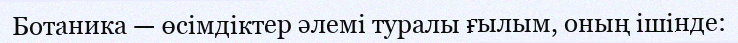
Ботаника — өсімдіктер әлемі туралы ғылым, оның ішінде: